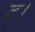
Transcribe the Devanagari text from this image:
ट्।